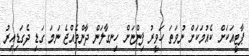
ޕާޓީއަކަށް ކެއުމަކަށް ނުވަތަ ހަވީރު ފިންޏަށް ހިނގާލަން ދާންވެއްޖެ ނަމަ ގަޑި ދެގަޑިއިރު